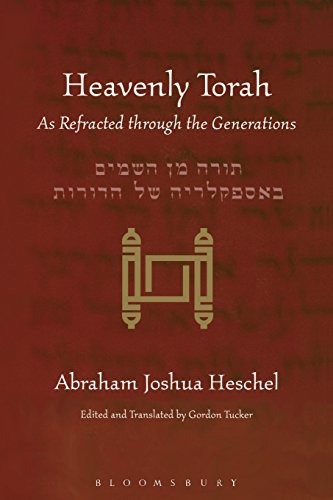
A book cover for Heavenly Torah: As Refracted through the Generations; Abraham Joshua Heschel; Religion & Spirituality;